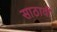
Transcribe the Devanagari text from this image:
साठावी